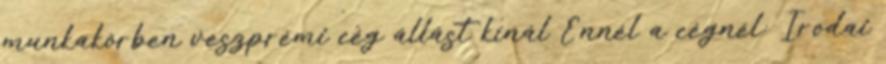
munkakörben veszprémi cég állást kínál Ennél a cégnél: Irodai